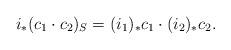
LaTeX: \begin{align*}i_*(c_1\cdot c_2)_S=(i_1)_*c_1\cdot (i_2)_*c_2.\end{align*}